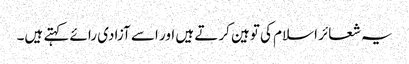
یہ شعائر اسلام کی توہین کرتے ہیں اور اسے آزادی رائے کہتے ہیں۔